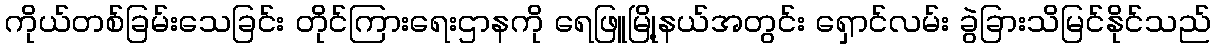
ကိုယ်တစ်ခြမ်းသေခြင်း တိုင်ကြားရေးဌာနကို ရေဖြူမြို့နယ်အတွင်း ရှောင်လမ်း ခွဲခြားသိမြင်နိုင်သည်